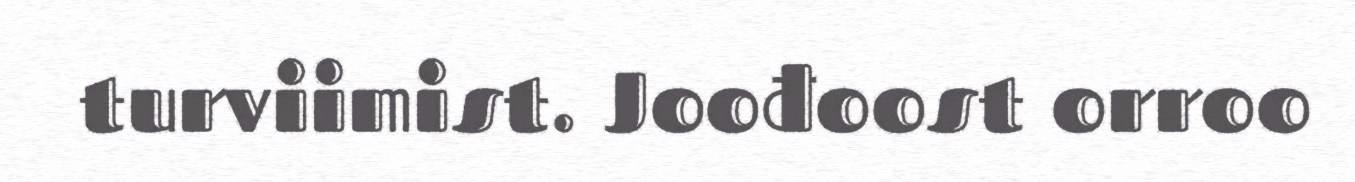
turviimist. Joođoost orroo